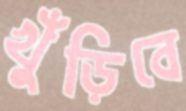
খুঁড়িবে